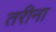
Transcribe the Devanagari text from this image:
तरीना